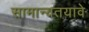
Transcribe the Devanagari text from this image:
सामान्यतयावे